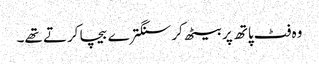
وہ فٹ پاتھ پر بیٹھ کر سنگترے بیچا کرتے تھے۔